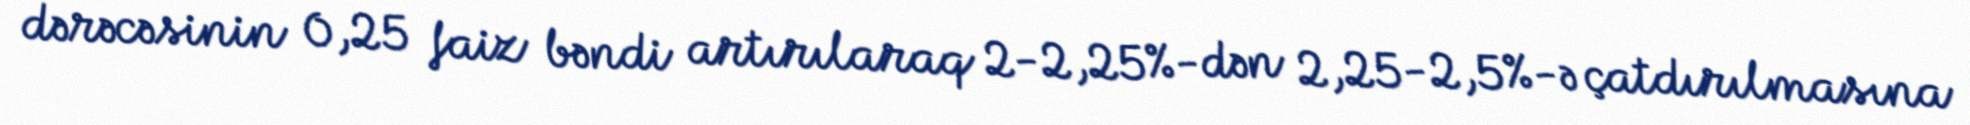
dərəcəsinin 0,25 faiz bəndi artırılaraq 2-2,25%-dən 2,25-2,5%-ə çatdırılmasına